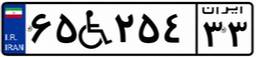
۸۸W۹۸۰۷۸